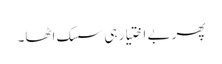
پھر بے اختیار ہی سسک اٹھا۔